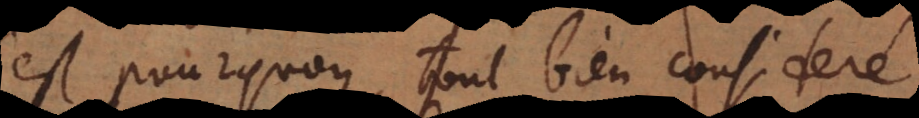
C’est pourquoy tout bien consideré,